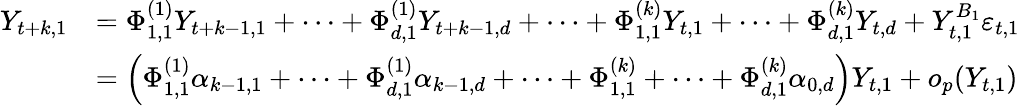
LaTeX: \begin{array}{rl}{Y_{t+k,1}}&{=\Phi_{1,1}^{(1)}Y_{t+k-1,1}+\cdots+\Phi_{d,1}^{(1)}Y_{t+k-1,d}+\cdots+\Phi_{1,1}^{(k)}Y_{t,1}+\cdots+\Phi_{d,1}^{(k)}Y_{t,d}+Y_{t,1}^{B_{1}}\varepsilon_{t,1}}\\ &{=\left(\Phi_{1,1}^{(1)}\alpha_{k-1,1}+\cdots+\Phi_{d,1}^{(1)}\alpha_{k-1,d}+\cdots+\Phi_{1,1}^{(k)}+\cdots+\Phi_{d,1}^{(k)}\alpha_{0,d}\right)Y_{t,1}+o_{p}(Y_{t,1})}\end{array}